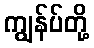
ကျွန်ပ်တို့